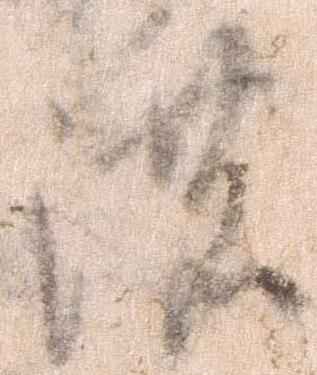
濃